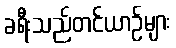
ခရီးသည်တင်ယာဉ်များ